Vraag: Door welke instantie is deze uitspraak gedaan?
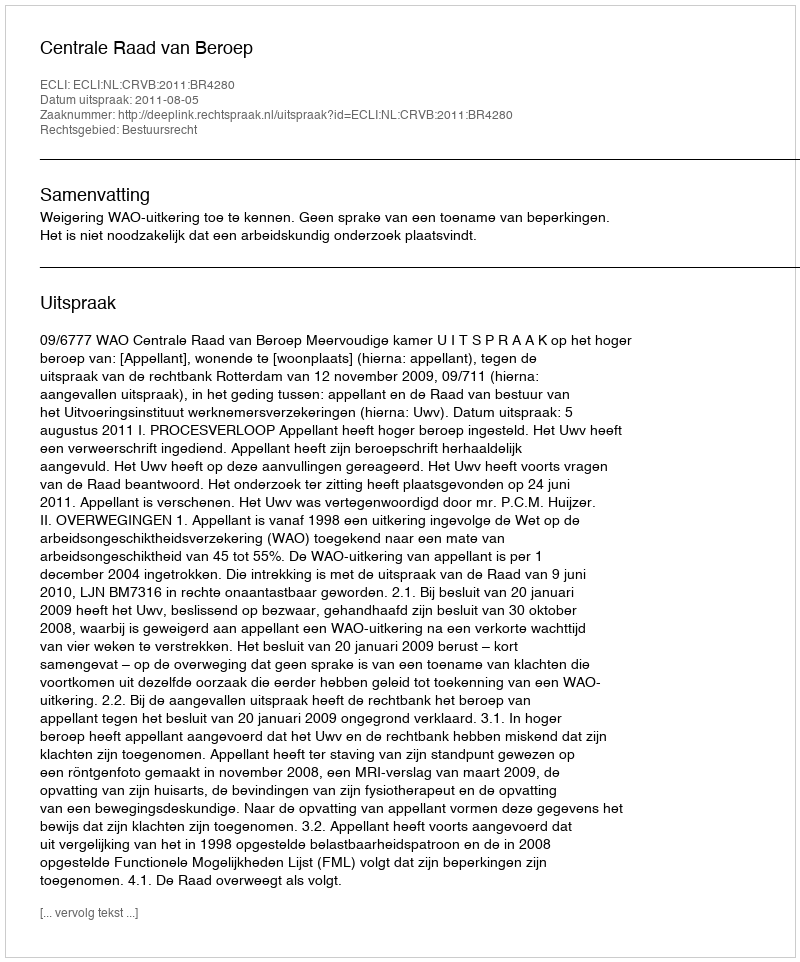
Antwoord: Centrale Raad van Beroep